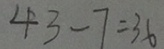
4 3 - 7 = 3 6